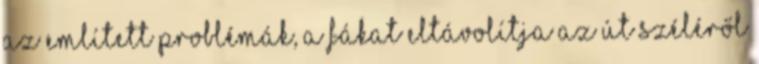
az említett problémák, a fákat eltávolítja az út széléről